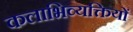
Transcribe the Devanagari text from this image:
कलाभिव्यक्तियों